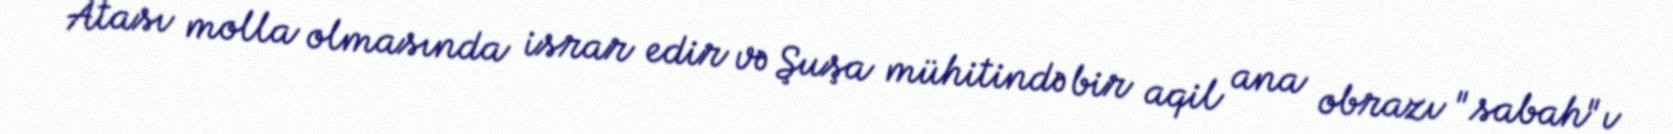
Atası molla olmasında israr edir və Şuşa mühitində bir aqil ana obrazı "sabah"ı